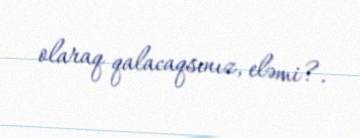
olaraq qalacaqsınız, eləmi?.